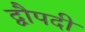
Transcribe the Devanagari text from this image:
द्वौपदी